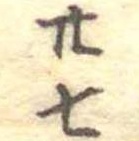
廿七